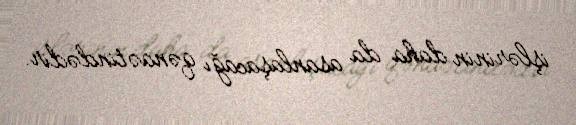
işlərinin daha da asanlaşacağı qənaətindədir.